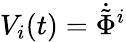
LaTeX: V_{i}(t)=\dot{\tilde{\Phi}}^{i}